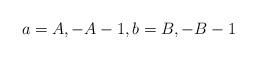
LaTeX: \begin{align*} a= A, -A-1,b = B, -B-1\end{align*}